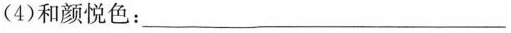
(4)和颜悦色：___